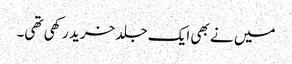
میں نے بھی ایک جلد خرید رکھی تھی۔